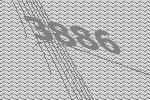
3886